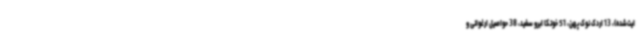
ایت‌شده)، 13 اردک نوک پهن، 51 خوتکا ابرو سفید، 38 حواصیل ارغوانی و